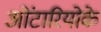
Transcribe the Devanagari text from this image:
ओंटारियोके